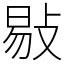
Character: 敡